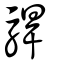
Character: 駻